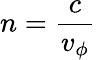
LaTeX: n=\frac{c}{v_{\phi}}